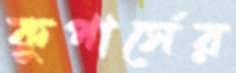
কুপার্সের